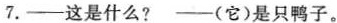
7.—这是什么? —(它)是只鸭子。